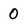
Character: 0